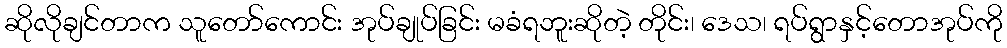
ဆိုလိုချင်တာက သူတော်ကောင်း အုပ်ချုပ်ခြင်း မခံရဘူးဆိုတဲ့ တိုင်း၊ ဒေသ၊ ရပ်ရွာနှင့်တောအုပ်ကို